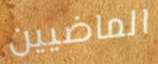
الماضيين